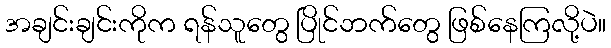
အချင်းချင်းကိုက ရန်သူတွေ ပြိုင်ဘက်တွေ ဖြစ်နေကြလို့ပဲ။